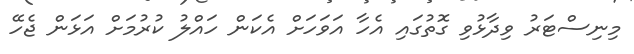
މިނިސްޓަރު ވިދާޅުވި ގޮތުގައި އެހާ އަވަހަށް އެކަން ހައްލު ކުރުމަށް އަޅަން ޖެހޭ